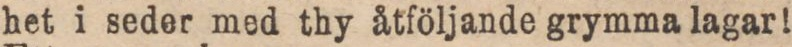
het i seder med thy åtföljande grymma lagar!